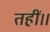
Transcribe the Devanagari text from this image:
तहीं।।